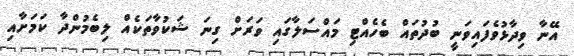
އޭނާ ވިދާޅުވެފައިވަނީ ބުދުތައް ބެހެއްޓި މައްސަލާގައި ވަރަށް ގިނަ ޝަކުވާތަކެއް ލިބެމުންދާ ކަމަށާއި